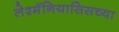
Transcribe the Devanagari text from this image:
लेश्मॅनियासिसच्या